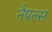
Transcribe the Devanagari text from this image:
नैपल्स